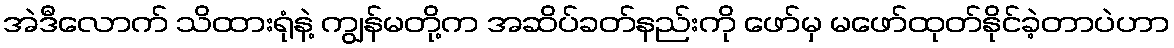
အဲဒီလောက် သိထားရုံနဲ့ ကျွန်မတို့က အဆိပ်ခတ်နည်းကို ဖော်မှ မဖော်ထုတ်နိုင်ခဲ့တာပဲဟာ